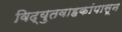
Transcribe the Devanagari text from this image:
विद्युतवाहकांपासून